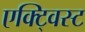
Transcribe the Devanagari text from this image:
एक्ट्विस्ट